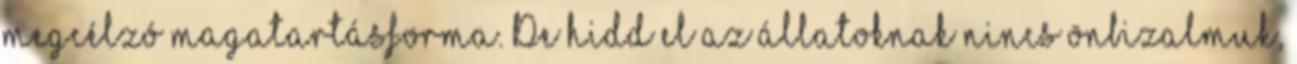
megcélzó magatartásforma. De hidd el az állatoknak nincs önbizalmuk,